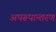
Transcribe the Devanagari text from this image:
अपरूपान्तरण